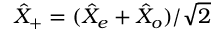
\hat { X } _ { + } = ( \hat { X } _ { e } + \hat { X } _ { o } ) / \sqrt { 2 }